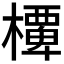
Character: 𭬞